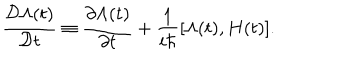
\frac { { \cal D } \Lambda ( t ) } { { \cal D } t } \equiv \frac { \partial \Lambda ( t ) } { \partial t } + \frac { 1 } { i \hbar } [ \Lambda ( t ) , H ( t ) ] .